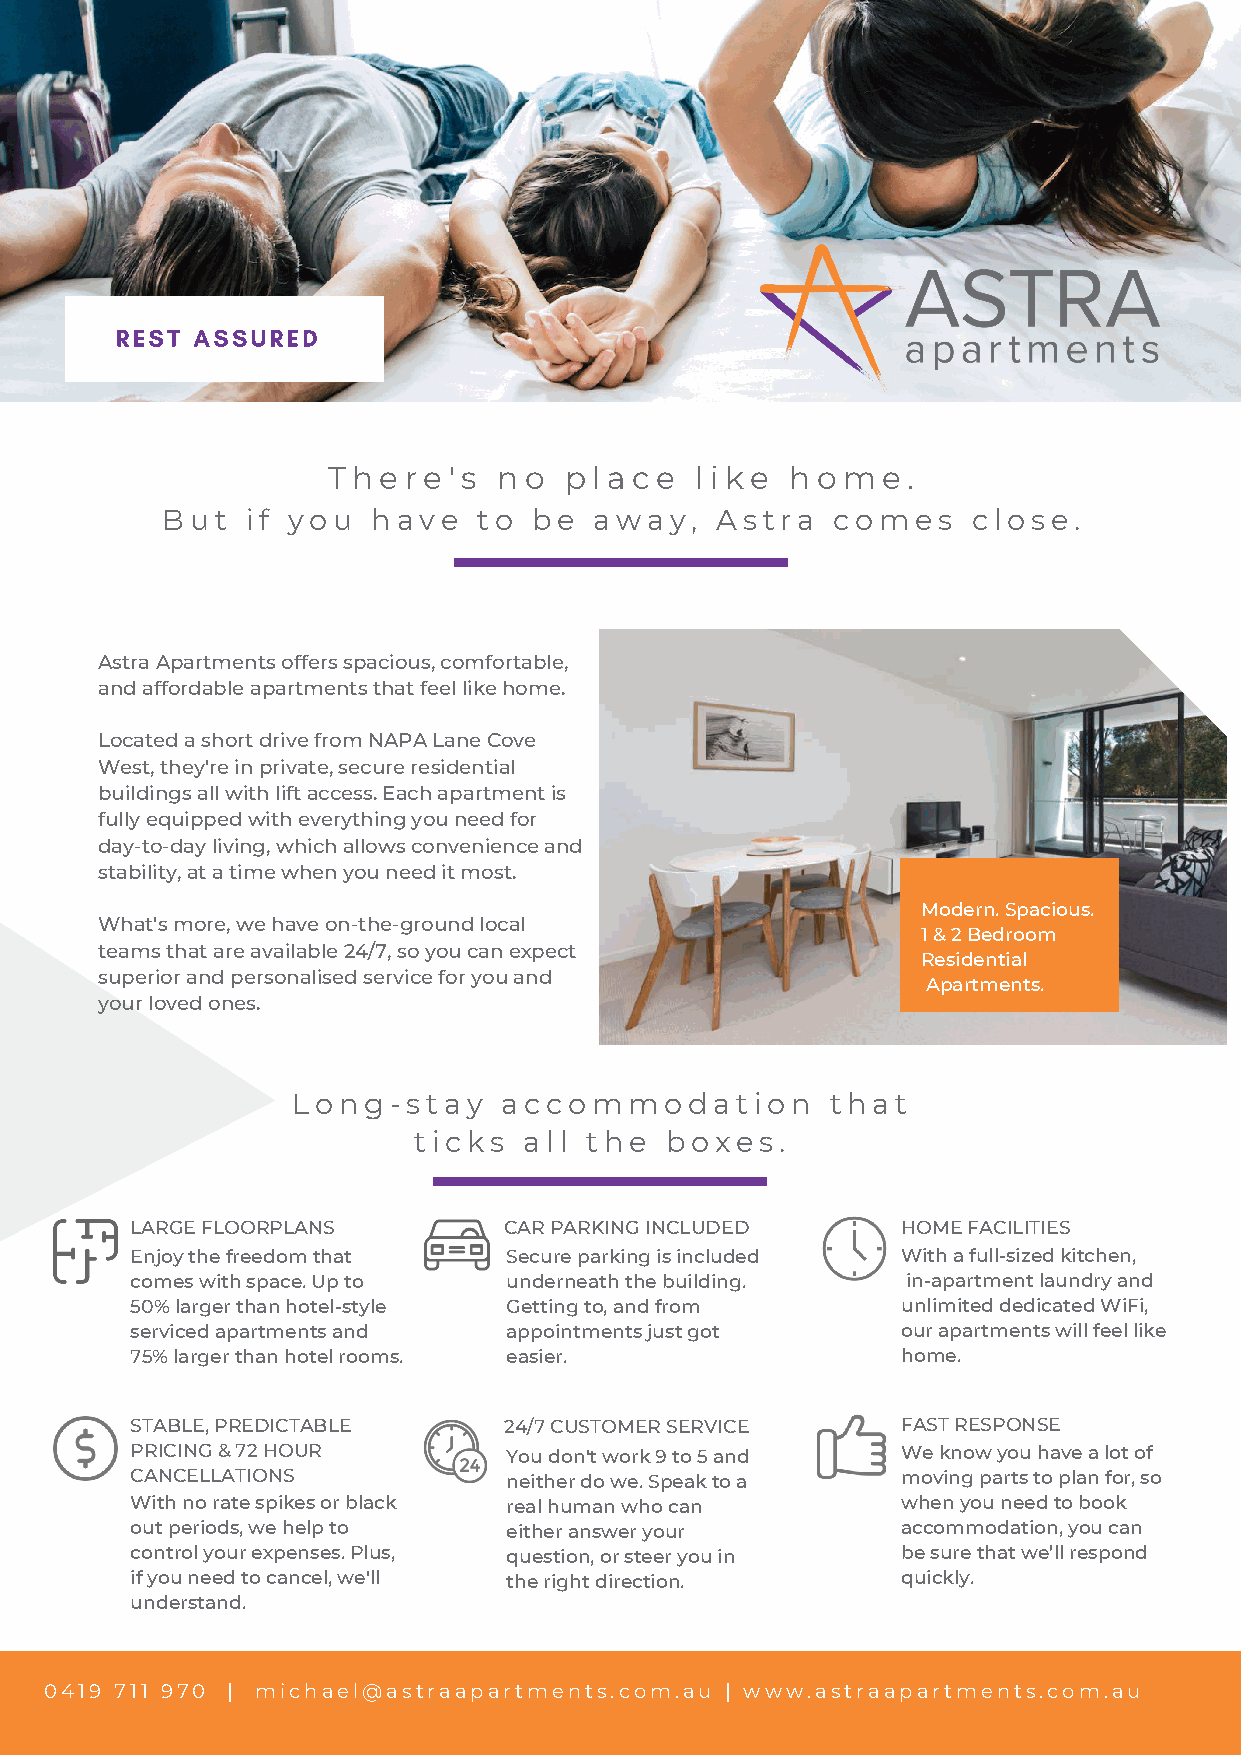
REST ASSURED
 T h e r e ' s n o p l a c e l i k e h o m e .
 But  if you   have   to be  away,   Astra   comes    close.
 Astra Apartments offers spacious, comfortable,
 and affordable apartments that feel like home.
 Located a short drive from NAPA Lane Cove
 West, they're in private, secure residential
 buildings all with lift access. Each apartment is
 fully equipped with everything you need for
 day-to-day living, which allows convenience and
 stability, at a time when you need it most.
 Modern. Spacious.
 What's more, we have on-the-ground local
 1 & 2 Bedroom
 teams that are available 24/7, so you can expect
 Residential
 superior and personalised service for you and
 Apartments.
 your loved ones.
 Long-stay     accommodation         that
 ticks   all the  boxes.
 LARGE FLOORPLANS        CAR PARKING INCLUDED       HOME FACILITIES
 Enjoy the freedom that   Secure parking is included With a full-sized kitchen,
 comes with space. Up to  underneath the building.  in-apartment laundry and
 50% larger than hotel-style Getting to, and from   unlimited dedicated WiFi,
 serviced apartments and  appointments just got     our apartments will feel like
 75% larger than hotel rooms. easier.               home.
 STABLE, PREDICTABLE     24/7 CUSTOMER SERVICE      FAST RESPONSE
 PRICING & 72 HOUR        You don't work 9 to 5 and We know you have a lot of
 CANCELLATIONS            neither do we. Speak to a moving parts to plan for, so
 With no rate spikes or black real human who can    when you need to book
 out periods, we help to  either answer your        accommodation, you can
 control your expenses. Plus, question, or steer you in be sure that we’ll respond
 if you need to cancel, we'll the right direction.  quickly.
 understand.
 0419 711 970 | michael@astraapartments.com.au | www.astraapartments.com.au